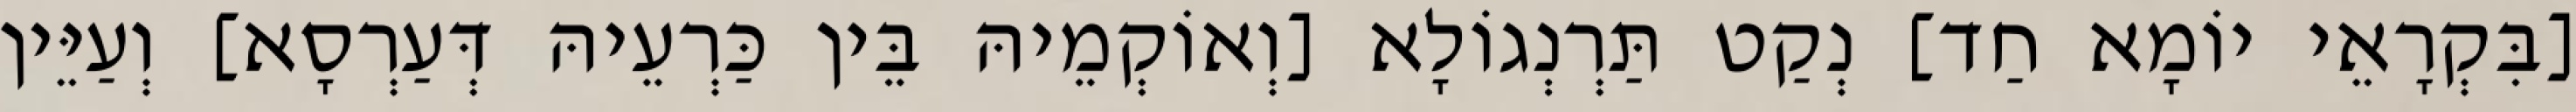
[בִּקְרָאֵי יוֹמָא חַד] נְקַט תַּרְנְגוֹלָא [וְאוֹקְמֵיהּ בֵּין כַּרְעֵיהּ דְּעַרְסָא] וְעַיֵּין